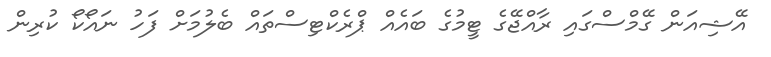
އޭޝިއަން ގޭމްސްގައި ރާއްޖޭގެ ޓީމުގެ ބައެއް ޕްރެކްޓިސްތައް ބެލުމަށް ފަހު ނައޯކޯ ކުރިން